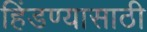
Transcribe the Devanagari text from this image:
हिंडण्यासाठी